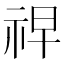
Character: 𮁲